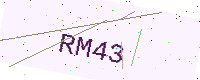
Text: RM43